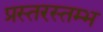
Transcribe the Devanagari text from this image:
प्रस्तरस्तम्भ